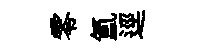
零氲逕